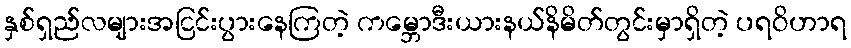
နှစ်ရှည်လများအငြင်းပွားနေကြတဲ့ ကမ္ဘောဒီးယားနယ်နိမိတ်တွင်းမှာရှိတဲ့ ပရဝိဟာရ